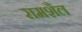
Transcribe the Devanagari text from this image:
रामशैल